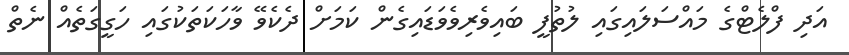
އަދި ފްލެޓްގެ މައްސަލައިގައި ލުތުފީ ބައިވެރިވެވަޑައިގެން ކަމަށް ދެކެވޭ ވާހަކަތަކުގައި ހަގީގަތެއް ނެތް